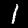
Digit: 1